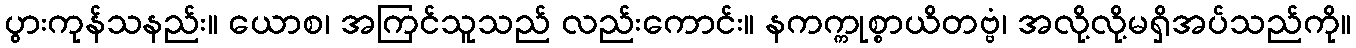
ပွားကုန်သနည်း။ ယောစ၊ အကြင်သူသည် လည်းကောင်း။ နကက္ကုစ္စာယိတဗ္ဗံ၊ အလို့လို့မရှိအပ်သည်ကို။